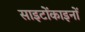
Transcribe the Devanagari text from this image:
साइटोंकाइनों